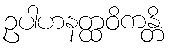
ဥပါဟနတ္ထဝိကန္တိ